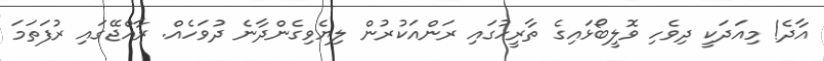
އާދެ! މިއަދަކީ ދިވެހި ވޮލީބޯޅައިގެ ތާރީހުގައި ރަންއަކުރުން ލިޔެވިގެންދާނެ ދުވަހެއް. ރާއްޖޭގައި ރުފަތަމަ